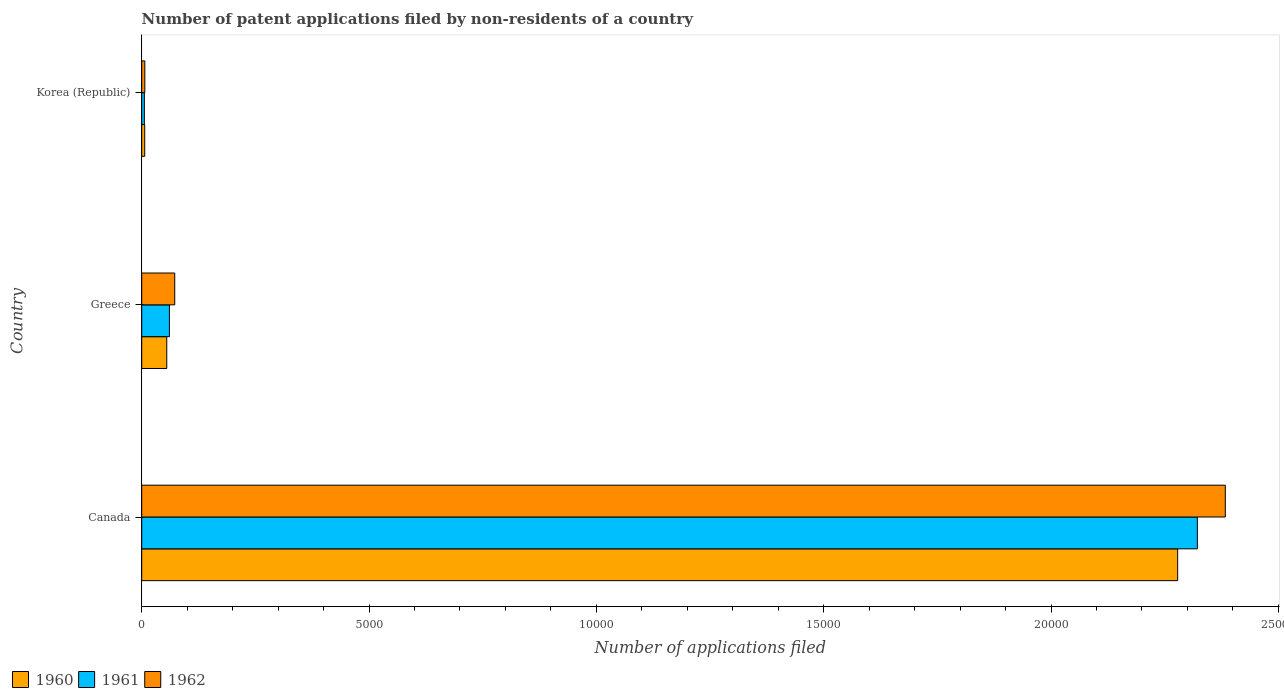
| Country | 1960 | 1961 | 1962 |
 | --- | --- | --- | --- |
 | Canada | 2.28e+04 | 2.32e+04 | 2.38e+04 |
 | Greece | 551 | 609 | 726 |
 | Korea (Republic) | 66 | 58 | 68 |